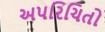
અપરિચિતો